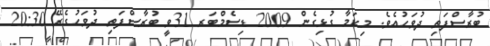
ބުރާސްފަތި ދުވަހުއެވެ. މިކަމާ ގުޅިގެން 2009 ޑިސެމްބަރ 31ވީ ބުރާސްފަތި ދުވަހުގެރޭ 20:30